Insane asylums in Bengal annual reports 1867-1875 - 1867-1875
Year: 1867
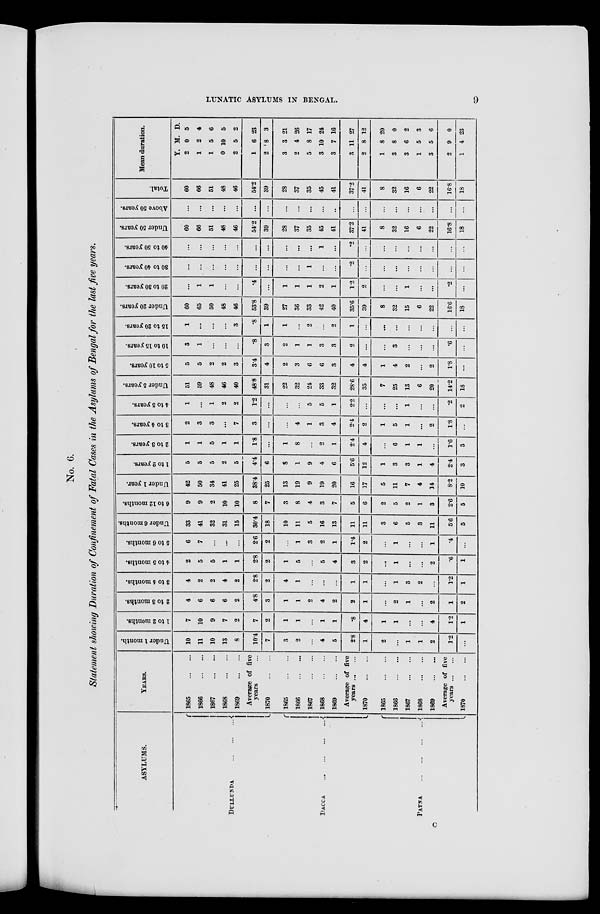
LUNATIC ASYLUMS IN BENGAL.
9
No. 6.
Statement showing Duration of Confinement of Fatal Cases in the Asylums of Bengal for the last five years.
ASYLUMS.
DULLUNDA
...
...
...
DACCA
...
...
...
...
PATNA
...
...
...
...
YEARS.
1865
...
...
1866
...
...
1867
...
...
1868
...
...
1869
...
...
Average of five
years ...
1870
...
...
1865
...
...
1866
...
...
1867
...
...
1868
...
...
1869
...
...
Average of five
years ... ...
1870
...
...
1865
...
...
1866
...
...
1867
...
...
1868
...
...
1869
...
...
Average of five
years ... ...
1870
...
...
Under 1 month.
10
11
10
13
8
10.4
7
3
2
...
4
5
2.8
1
2
...
1
1
2
1.2
...
1 to 2 months.
7
10
9
7
2
7
2
1
1
...
1
1
.8
4
1
1
...
...
4
1.2
1
2 to 3 months.
4
6
6
6
2
4.8
3
1
1
2
4
2
2
1
...
2
1
...
2
1
2
3 to 4 months.
4
2
2
4
2
2.8
2
4
1
...
...
...
1
1
...
1
3
2
...
1.2
1
4 to 5 months.
2
5
5
1
1
2.8
2
1
5
...
5
4
3
2
...
1
...
...
2
.6
1
5 to 6 months.
6
7
...
...
...
2.6
2
...
1
3
2
1
1.4
2
...
1
...
...
1
.4
...
Under 6 months.
33
41
32
31
15
30.4
18
10
11
5
16
13
11
11
3
6
5
3
11
5.6
5
6 to 12 months.
9
9
2
10
10
8
7
3
8
4
3
7
5
6
2
5
2
1
3
2.6
5
Under 1 year.
42
50
34
41
25
38.4
25
13
19
9
19
20
16
17
5
11
7
4
14
8.2
10
1 to 2 years.
5
5
5
2
5
4.4
6
8
1
9
4
6
5.6
12
1
3
3
1
4
2.4
3
2 to 3 years.
1
1
5
1
1
1.8
...
1
8
...
2
1
2.4
4
...
6
1
1
...
1.6
3
3 to 4 years.
2
3
3
...
7
3
...
...
4
1
3
4
2.4
2
1
5
1
...
2
1.8
...
4 to 5 years.
1
...
1
2
2
1.2
...
...
...
5
5
1
2.2
...
...
...
1
...
...
.2
2
Under 5 years.
51
59
48
46
40
48.8
31
22
32
24
33
32
28.6
35
7
25
13
6
20
14.2
18
5 to 10 years.
5
5
2
2
3
3.4
4
2
3
6
6
3
4
4
1
4
2
...
2
1.8
...
10 to 15 years.
3
1
...
...
...
.8
3
2
1
1
3
3
2
...
...
3
...
...
...
.6
...
15 to 20 years.
1
...
...
...
3
.8
1
1
...
2
...
2
1
...
...
...
...
...
...
...
...
Under 20 years.
60
65
50
48
46
53.8
39
27
36
33
42
40
35.6
39
8
32
15
6
22
16.6
18
20 to 30 years.
...
1
1
...
...
.4
...
1
1
1
2
1
1.2
2
...
...
1
...
...
.2
...
30 to 40 years.
...
...
...
...
...
...
...
...
...
1
...
...
.2
...
...
...
...
...
...
...
...
40 to 50 years.
...
...
...
...
...
...
...
...
...
...
1
...
.2
...
...
...
...
...
...
...
...
Under 50 years.
60
66
51
48
46
54.2
39
28
37
35
45
41
37.2
41
8
32
16
6
22
16.8
18
Above 50 years.
...
...
...
...
...
...
...
...
...
...
...
...
...
...
...
...
...
...
...
...
Total.
60
66
51
48
46
54.2
39
28
37
35
45
41
37.2
41
8
32
16
6
22
16.8
18
Mean duration.
Y.
2
1
1
0
2
1
2
3
2
5
3
3
3
2
1
3
3
1
3
2
1
M.
0
2
5
10
5
6
8
3
4
8
10
7
11
8
8
8
6
5
5
9
4
D.
5
4
6
5
2
23
3
21
26
17
24
16
27
12
20
0
2
3
6
0
23
C